Report on sanitation, dispensaries, and jails in Rajputana for 1909, and on vaccination for the year 1909-1910 - 1909-1910
Year: 1909
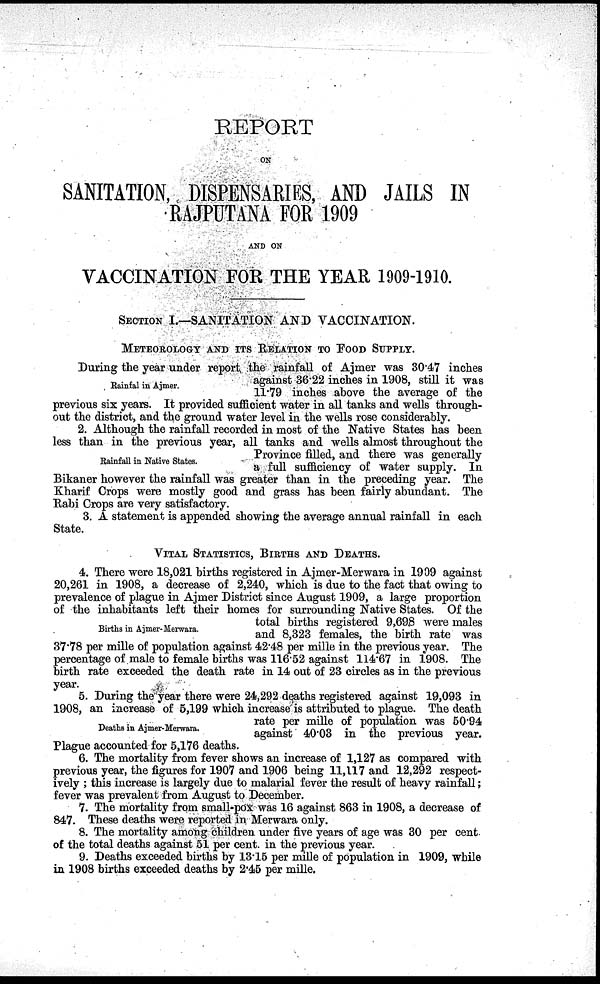
REPORT
ON
SANITATION, DISPENSARIES, AND JAILS IN
RAJPUTANA FOR 1909
VACCINATION FOR THE YEAR 1909-1910.
SECTION I—SANITATION AND VACCINATION.
METEOROLOGY AND ITS RELATION TO FOOD SUPPLY.
Rainfal in Ajmer.
During the year under report the rainfall of Ajmer was 30.47 inches
against 36.22 inches in 1908, still it was
11.79 inches above the average of the
previous six years. It provided sufficient water in all tanks and wells through-
out the district, and the ground water level in the wells rose considerably.
Rainfall in Native States.
2. Although the rainfall recorded in most of the Native States has been
less than in the previous year, all tanks and wells almost throughout the
Province filled, and there was generally
a full sufficiency of water supply. In
Bikaner however the rainfall was greater than in the preceding year. The
Kharif Crops were mostly good and grass has been fairly abundant. The
Rabi Crops are very satisfactory.
3. A statement is appended showing the average annual rainfall in each
State.
VITAL STATISTICS, BIRTHS AND DEATHS.
Births in Ajmer- Merwara.
4. There were 18,021 births registered in Ajmer-Merwara in 1909 against
20,261 in 1908, a decrease of 2,240, which is due to the fact that owing to
prevalence of plague in Ajmer District since August 1909, a large proportion
of the inhabitants left their homes for surrounding Native States. Of the
total births registered 9,698 were males
and 8,323 females, the birth rate was
37.78 per mille of population against 42.48 per mille in the previous year. The
percentage of male to female births was 116.52 against 114.67 in 1908. The
birth rate exceeded the death rate in 14 out of 23 circles as in the previous
year.
Deaths in Ajmer-Mewara.
5. During the year there were 24,292 deaths registered against 19,093 in
1908, an increase of 5,199 which increase is attributed to plague. The death
rate per mille of population was 50.94
against 40.03 in the previous year.
Plague accounted for 5,176 deaths.
6. The mortality from fever shows an increase of 1,127 as compared with
previous year, the figures for 1907 and 1906 being 11,117 and 12,292 respect-
ively ; this increase is largely due to malarial fever the result of heavy rainfall;
fever was prevalent from August to December.
7. The mortality from small-pox was 16 against 863 in 1908, a decrease of
847. These deaths were reported in Merwara only.
8. The mortality among children under five years of age was 30 per cent.
of the total deaths against 51 per cent. in the previous year.
9. Deaths exceeded births by 13.15 per mille of population in 1909, while
in 1908 births exceeded deaths by 2.45 per mille.